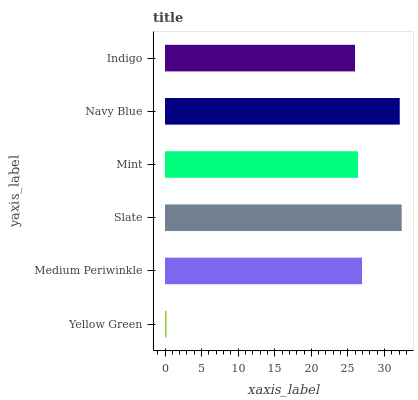
| yaxis_label | bars |
 | --- | --- |
 | Yellow Green | 0.218 |
 | Medium Periwinkle | 26.9 |
 | Slate | 32.3 |
 | Mint | 26.4 |
 | Navy Blue | 32.1 |
 | Indigo | 26 |